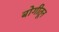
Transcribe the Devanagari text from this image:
बोगीतून